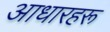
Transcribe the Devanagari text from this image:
आधारहरू